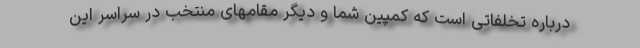
درباره تخلفاتی است که کمپین شما و دیگر مقامهای منتخب در سراسر این